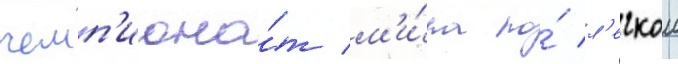
чемп'иона́т м'и́ра по́ л'егкои